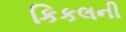
કિકલની